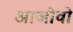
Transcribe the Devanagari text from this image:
आजोवो